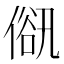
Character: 𠌋